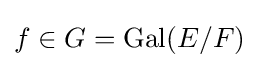
f\in G=\mathrm {Gal} (E/F)